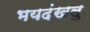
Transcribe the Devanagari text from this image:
भयदंखलु